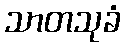
သာတသုခံ